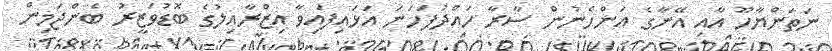
ނަތަންޔާހޫ އާއި އޭނާގެ އަންހެނުން ސާރާ ހައްދުފަހަނަ އަޅައިފައިވާ އިޒްރާއިލުގެ ބޮޑުވަޒީރު ބެންޖަމިން